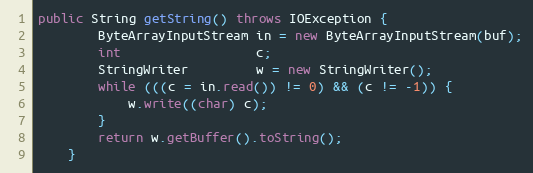
Language: Java
public String getString() throws IOException {
        ByteArrayInputStream in = new ByteArrayInputStream(buf);
        int                  c;
        StringWriter         w = new StringWriter();
        while (((c = in.read()) != 0) && (c != -1)) {
            w.write((char) c);
        }
        return w.getBuffer().toString();
    }